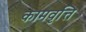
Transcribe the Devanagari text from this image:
कामवृत्ति